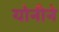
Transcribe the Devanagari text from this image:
योनीने